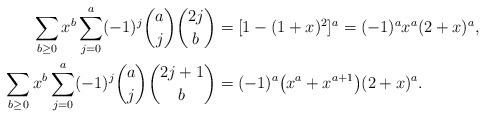
\begin{align*}\sum_{b\ge 0}x^b\sum_{j=0}^a(-1)^j\binom{a}{j}\binom{2j}{b}&=[1-(1+x)^2]^a=(-1)^a x^a(2+x)^a,\\\sum_{b\ge 0}x^b\sum_{j=0}^a(-1)^j\binom{a}{j}\binom{2j+1}{b}&=(-1)^a\bigl(x^a+x^{a+1}\bigr)(2+x)^a.\end{align*}